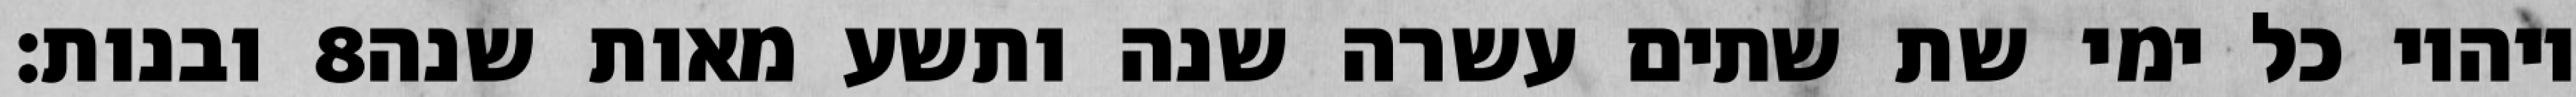
ובנות׃ ‎8‏ ויהיו כל ימי שת שתים עשרה שנה ותשע מאות שנה